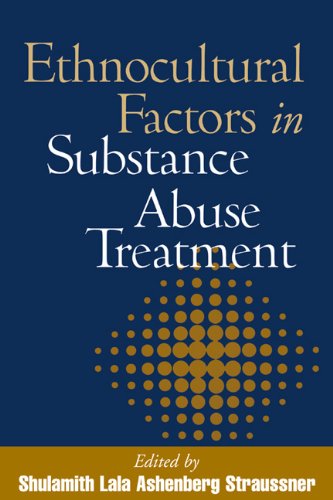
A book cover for Ethnocultural Factors in Substance Abuse Treatment; Medical Books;